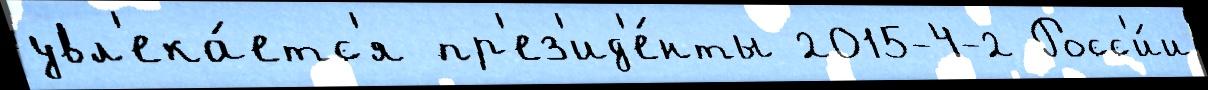
увл'ека́етс'я пр'ез'ид'е́нты 2015-4-2 Росс'и́и